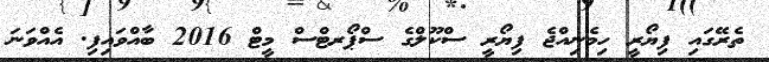
ތެރޭގައި ފިޔޯރީ ހިމެނިއްޖެ ފިޔޯރީ ސްކޫލްގެ ސްޕޯރޓްސް މީޓް 2016 ބާއްވައިފި. އެއްވަނަ